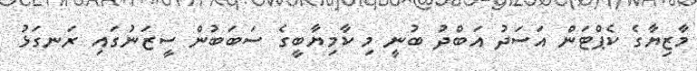
މާޒިޔާގެ ކެޕްޓަން އަސަދު އަބްދު ބުނީ މި ކާމިޔާބީގެ ސަބަބުން ސީޒަނުގައި ރަނގަޅު